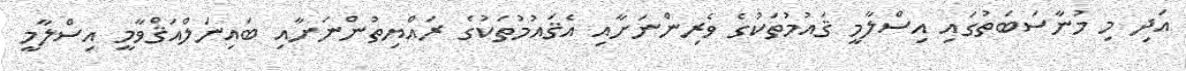
އަދި މި މުނާސަބަތުގައި އިސްލާމީ ޤައުމުތަކުގެ ވެރިންނަށާއި އެޤައުމުތަކުގެ ރައްޔިތުންނަށާއި ބައިނަލްއަޤްވާމީ އިސްލާމީ